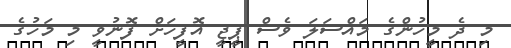
މި ދެ މީހުންގެ މައްސަލަ ވެސް ޕީޖީ އޮފީހަށް ފޮނުވީ މި މަހުގެ